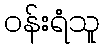
ဝန်းရံသူ